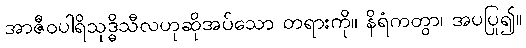
အာဇီဝပါရိသုဒ္ဓိသီလဟုဆိုအပ်သော တရားကို။ နိရံကတွာ၊ အပပြု၍။